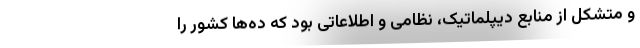
و متشکل از منابع دیپلماتیک، نظامی و اطلاعاتی بود که ده‌ها کشور را